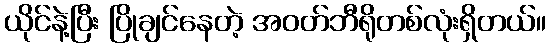
ယိုင်နဲ့ပြီး ပြိုချင်နေတဲ့ အဝတ်ဘီရိုတစ်လုံးရှိတယ်။